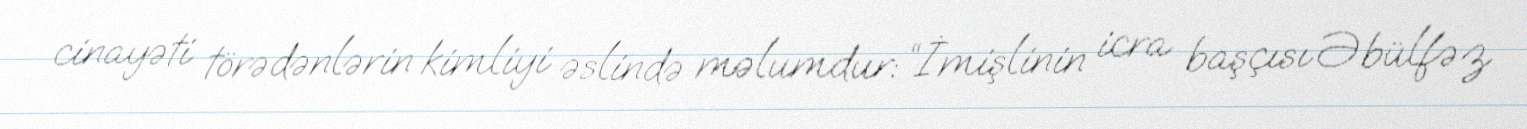
cinayəti törədənlərin kimliyi əslində məlumdur: “İmişlinin icra başçısı Əbülfəz